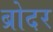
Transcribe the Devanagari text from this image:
ब्रोदर